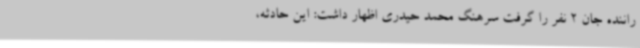
راننده جان 2 نفر را گرفت سرهنگ محمد حیدری اظهار داشت: این حادثه،